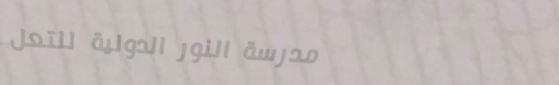
مدرسة النور الدولية للتعل